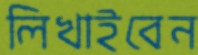
লিখাইবেন